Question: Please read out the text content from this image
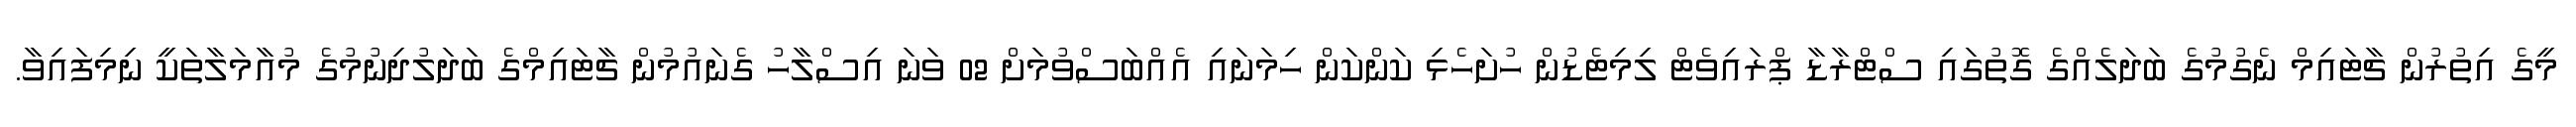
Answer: މީގެ އިތުރުން ޗާޓައިމް ނެގުމުގެ ބަދަލެއްގެ ގޮތުގައި ސްޓްރާޑާ ޕްރައިވެޓް ލިމިޓެޑުން ހުށަހެޅި ކަންކަން ހިމަނައި އެއްބަސްވުމަށް 02 ވަނަ އިސްލާހު ގެނައުމުން ޗާޓައިމްގެ ބަދަލުދިނުމުގެ މުއާމަލާތަކީ ނިމިފައިވާ.